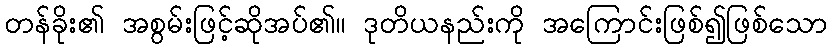
တန်ခိုး၏ အစွမ်းဖြင့်ဆိုအပ်၏။ ဒုတိယနည်းကို အကြောင်းဖြစ်၍ဖြစ်သော